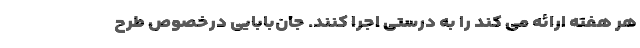
هر هفته ارائه می کند را به درستی اجرا کنند. ‌جان‌بابایی درخصوص طرح